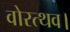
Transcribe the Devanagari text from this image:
वोरत्थव।